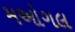
મઓગલ